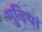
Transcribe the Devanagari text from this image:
ग़ुड़ियां